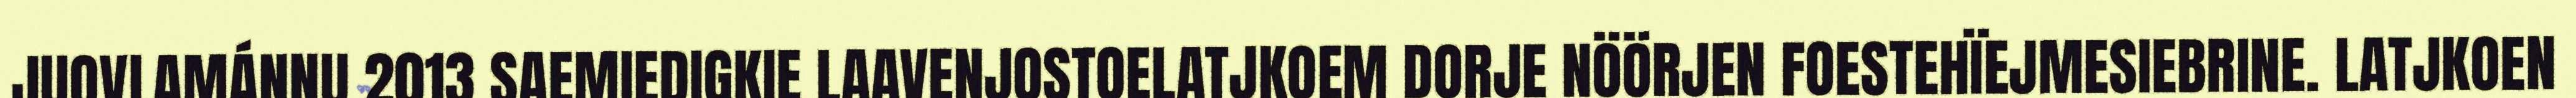
JUOVLAMÁNNU 2013 SAEMIEDIGKIE LAAVENJOSTOELATJKOEM DORJE NÖÖRJEN FOESTEHÏEJMESIEBRINE. LATJKOEN